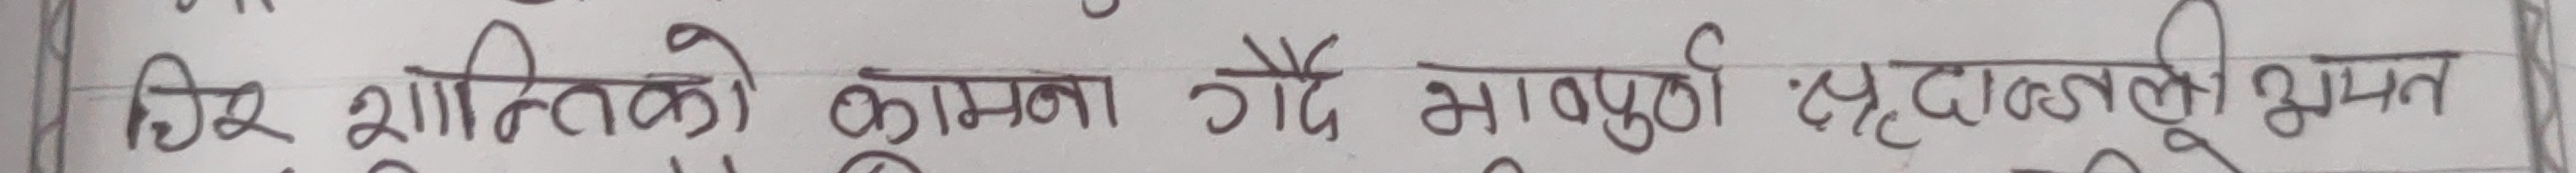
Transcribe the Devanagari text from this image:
दिए शान्तिको कामना गर्दै भापुषी श्रृद्धाञ्जली भृत